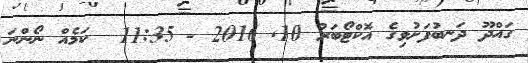
ގައްދޫ ދަނބުފަށުވިގެ އޮކްޓޯބަރު 10